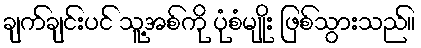
ချက်ချင်းပင် သူ့အစ်ကို ပုံစံမျိုး ဖြစ်သွားသည်။